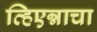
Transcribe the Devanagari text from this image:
व्हिएन्नाचा